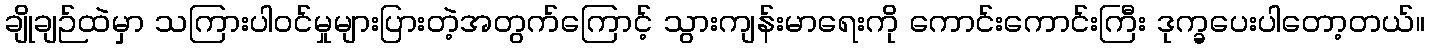
ချိုချဉ်ထဲမှာ သကြားပါဝင်မှုများပြားတဲ့အတွက်ကြောင့် သွားကျန်းမာရေးကို ကောင်းကောင်းကြီး ဒုက္ခပေးပါတော့တယ်။